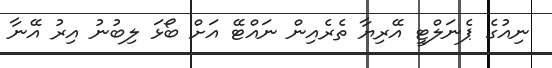
ނިއުގެ ޕެނަލްޓީ އޭރިޔާ ތެރެއިން ނައްޓޭ އަށް ބޯޅަ ލިބުނު އިރު އޭނާ